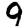
Digit: 9